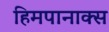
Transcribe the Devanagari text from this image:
हिमपानाक्स